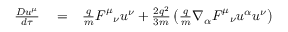
\begin{array} { r l r } { \frac { D u ^ { \mu } } { d \tau } } & { { } = } & { \frac { q } { m } F _ { \ \ \nu } ^ { \mu } u ^ { \nu } + \frac { 2 q ^ { 2 } } { 3 m } \left( \frac { q } { m } \nabla _ { \alpha } F _ { \ \ \nu } ^ { \mu } u ^ { \alpha } u ^ { \nu } \right) } \end{array}